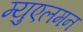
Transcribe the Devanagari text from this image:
म्युएलमन